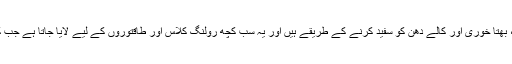
کیوں کہ ان کے نزدیک تو یہ سکیمیں کرپشن، چوری، بھتا خوری اور کالے دھن کو سفید کرنے کے طریقے ہیں اور یہ سب کچھ رولنگ کلاس اور طاقتوروں کے لیے لایا جاتا ہے جب کہ غریبوں کو ایسی سکیموں سے کوئی فائدہ نہیں ہوتا۔